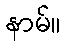
နာမ်။